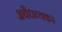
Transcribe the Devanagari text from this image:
अवैधव्यकरं